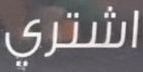
اشتري